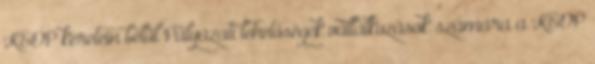
KEOP keretein belül Pályázati lehetőségek vállalkozások számára a KEOP